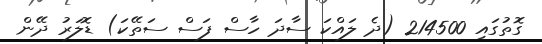
ގޮތުގައި 214500 (ދެ ލައްކަ ސާދަ ހާސް ފަސް ސަތޭކަ) ޑޮލަރު ދޭން